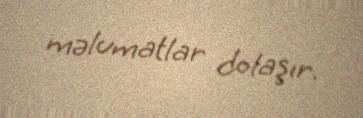
məlumatlar dolaşır.